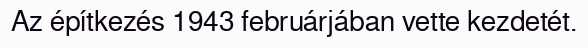
Az építkezés 1943 februárjában vette kezdetét.